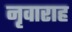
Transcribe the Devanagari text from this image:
नृवाराह